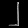
Digit: ၂